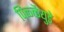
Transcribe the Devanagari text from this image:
पिळ्ळैयुडे